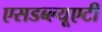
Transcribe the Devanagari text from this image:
एसडब्ल्यूएटी